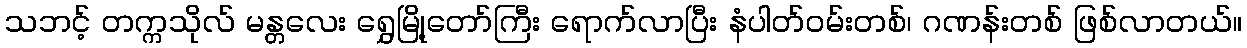
သဘင့် တက္ကသိုလ် မန္တလေး ရွှေမြို့တော်ကြီး ရောက်လာပြီး နံပါတ်ဝမ်းတစ်၊ ဂဏန်းတစ် ဖြစ်လာတယ်။